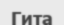
Гита